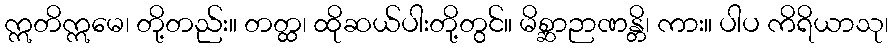
ဣတိဣမေ၊ တို့တည်း။ တတ္ထ၊ ထိုဆယ်ပါးတို့တွင်။ မိစ္ဆာဉာဏန္တိ၊ ကား။ ပါပ ကိရိယာသု၊